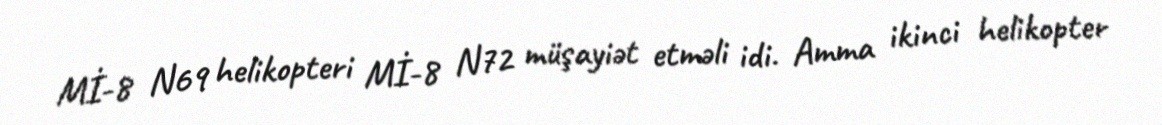
Mİ-8 N69 helikopteri Mİ-8 N72 müşayiət etməli idi. Amma ikinci helikopter